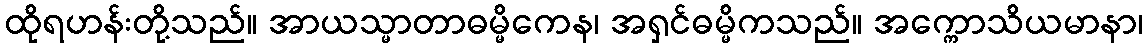
ထိုရဟန်းတို့သည်။ အာယသ္မာတာဓမ္မိကေန၊ အရှင်ဓမ္မိကသည်။ အက္ကောသိယမာနာ၊